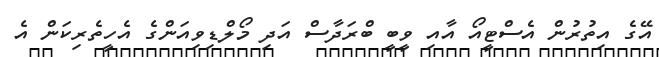
އޭގެ އިތުރުން އެސްޓީއޯ އާއި ވީބީ ބްރަދާސް އަދި މޯލްޑިވިއަންގެ އެހީތެރިކަން އެ